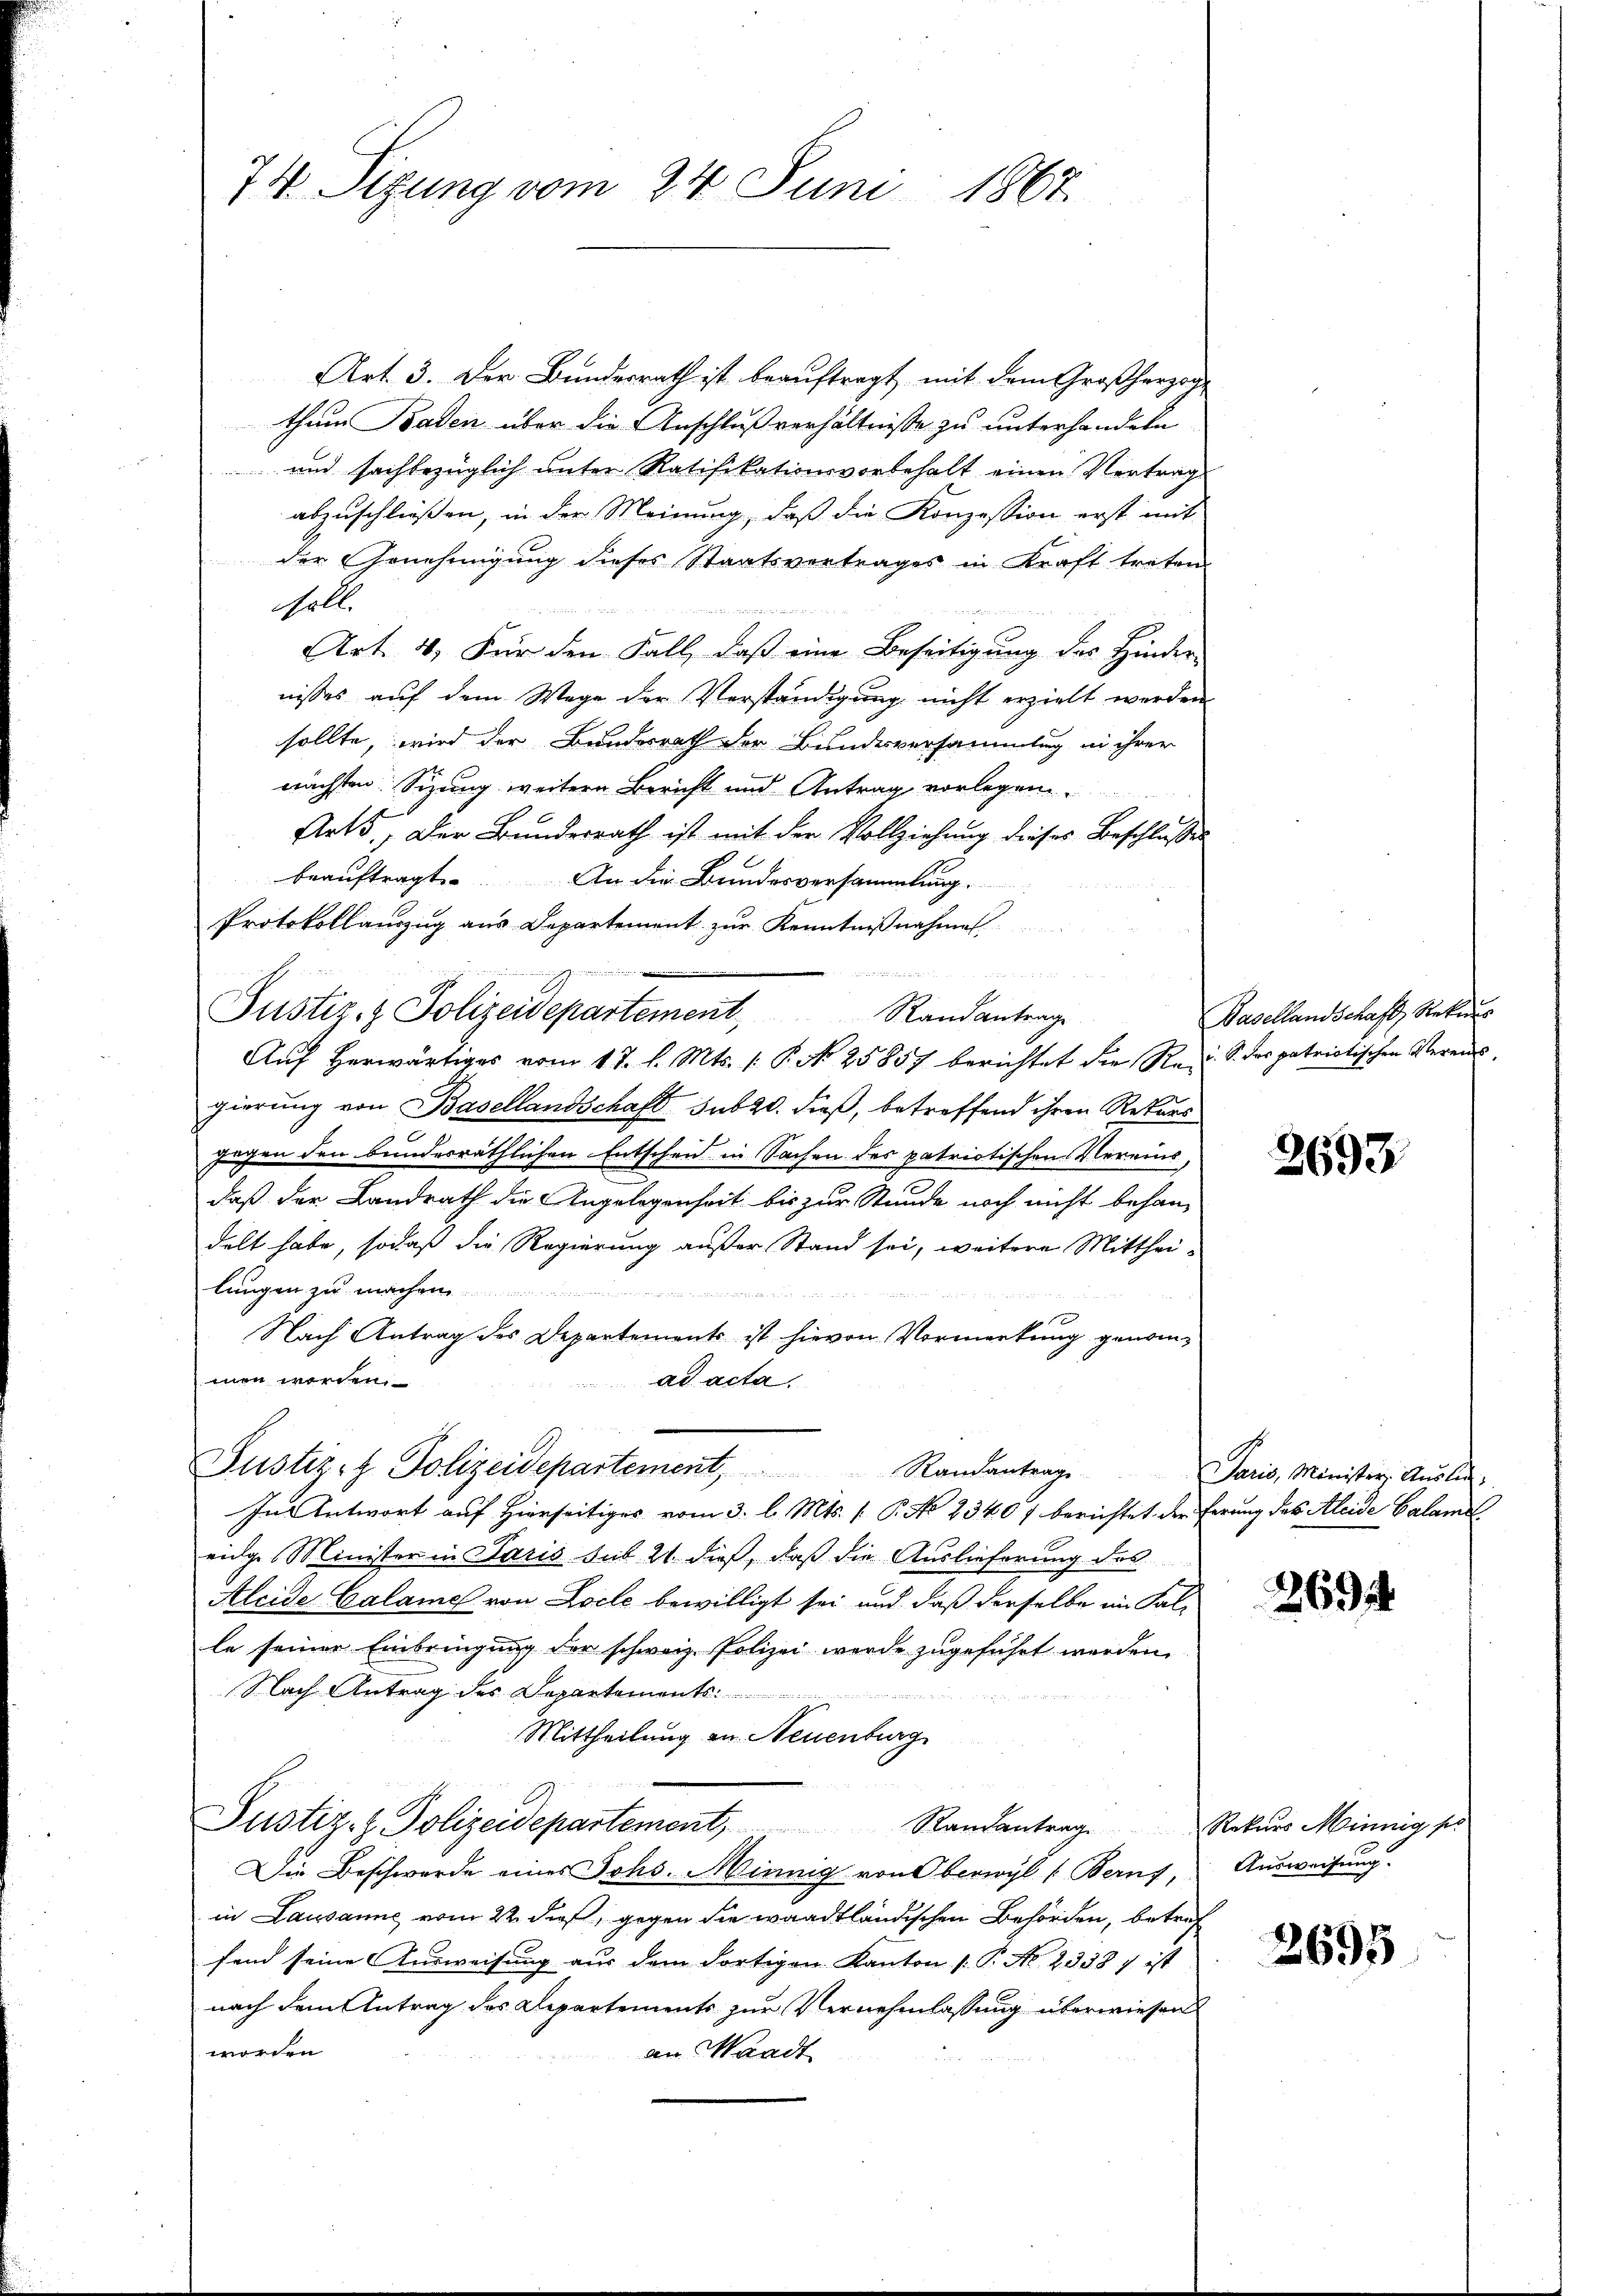
74 Sizung vom 24. Juni 1867.

Art. 3. Der Bundesrath ist beauftragt, mit dem Großherzogthum Baden über die Anschlußverhältnisse zu unterhandeln
 und sachbezüglich unter Ratifikationsvorbehalt einen Vertrag
abzuschließen, in der Meinung, daß die Konzession erst mit
der Genehmigung dieses Staatsvertrages in Kraft treten.
olle

Art. 4. Für den Fall, daß eine Beseitigung des Hinder-
nisses auf dem Wege der Verständigung nicht erzielt werden.
sollte, wird der Bundesrath der Bundesversammlung in ihrer
nächsten Sitzung weitere Bericht und Antrag vorlegen
Arts, der Bundesrath ist mit der Vollziehung dieses Beschlusses
beauftragt
An die Bundesversammlung.

Protokollamzug aus Departement zŭr Kenntniβnahme
iu
1554. 111
Justiz- & Polizeidepartement, Randantrage
Aŭf herwärtiges vom 17. l. Mts. 1. P. N. 25857 berichtet die Reis des patriotischen Vereinsgierung von Basellandschaft sub 20. dieß, betreffend ihren Rekurs
gegen den bunderräthlichen Entschen in Sachen des patriotischen Vereinsdaß der Landrath die Angelegenheit bis zur Stunde noch nicht behandelt habe, sodaß die Regierung außer Stand sei, weitere Mittheilungen zu machen

Nach Antrag des Departements ist hievon Vormerkung genommen worden.
ad acta
Justiz- & Polizeidepartement, Randantrage
In Antwort auf Hierseitiges vom 3. l. Mts. f. P. No 2340 f berichtet der ferung des Kleide Calame
eidge Minister in Paris sub 21. dieß, daß die Auslieferung des
Aleide Calame von Locle bewilligt sei und daß derselbe im Falle seiner Einbringung der schweiz. Polizei werde zugeführt werden.
Nach Antrag des Departements
Mittheilung zu Neuenburg
Justiz- & Polizeidepartement, Randantrag Rekurs Minnig sei
Die Beschwerde eines Johs. Minnig von Oberwyl (Bern,
in Lausanne vom 22. dieß, gegen die waadtländischen Behörden, betref
fend seine Ausweisung aus dem dortigen Kanton (: P. Nr. 2338 7 ist
nach dem Antrag des Departements zur Vernehmlassung überwiesen
worden
an Waadt

Basellandschaft, Rekurs

2693

Paris, Minister, Auslich.

2694

Ausweisung.

2695